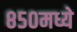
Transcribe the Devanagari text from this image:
८५०मध्ये